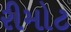
રીમોટ